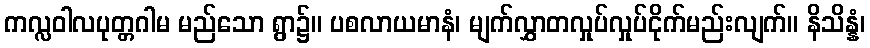
ကလ္လဝါလပုတ္တဂါမ မည်သော ရွာ၌။ ပစလာယမာနံ၊ မျက်လွှာတလှုပ်လှုပ်ငိုက်မည်းလျက်။ နိသိန္နံ၊